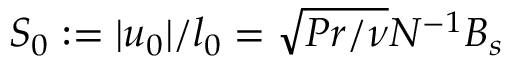
S _ { 0 } : = | u _ { 0 } | / l _ { 0 } = \sqrt { P r / \nu } N ^ { - 1 } B _ { s }